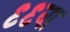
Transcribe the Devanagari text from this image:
९९वा